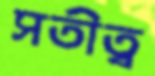
সতীত্ব